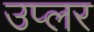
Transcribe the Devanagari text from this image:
उप्लर